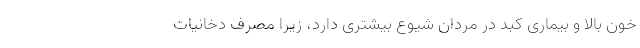
خون بالا و بیماری کبد در مردان شیوع بیشتری دارد، زیرا مصرف دخانیات